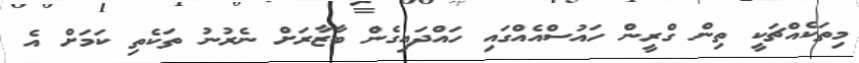
މިތަކެއްޗަކީ ތިން ގްރީން ހައުސްއެއްގައި ހައްދައިގެން ބާޒާރަށް ނެރުނު ތަކެތި ކަމަށް އެ